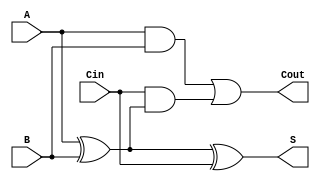
module full_adder (
    input wire A,      // First binary input
    input wire B,      // Second binary input
    input wire Cin,    // Carry-in input
    output wire S,     // Sum output
    output wire Cout   // Carry-out output
);

// Intermediate signals
wire A_xor_B;

// Sum calculation
assign A_xor_B = A ^ B; // A XOR B
assign S = A_xor_B ^ Cin; // S = A XOR B XOR Cin

// Carry-out calculation
assign Cout = (A & B) | (Cin & A_xor_B); // Cout = (A AND B) OR (Cin AND (A XOR B))

endmodule